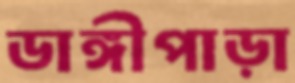
ডাঙ্গীপাড়া